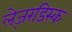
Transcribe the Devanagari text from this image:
लेज़रडिस्क